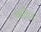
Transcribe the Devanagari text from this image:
वहरिज़